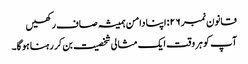
قانون نمبر ۲۶: اپنا دامن ہمیشہ صاف رکھیں
آپ کو ہر وقت ایک مثالی شخصیت بن کر رہنا ہوگا۔